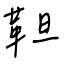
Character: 靼